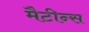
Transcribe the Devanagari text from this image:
मैटीन्स